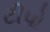
ટીપો